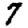
Digit: 7